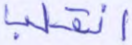
انقلب